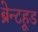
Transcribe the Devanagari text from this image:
ब्रेन्टहूड